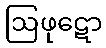
ဩဖုဋော